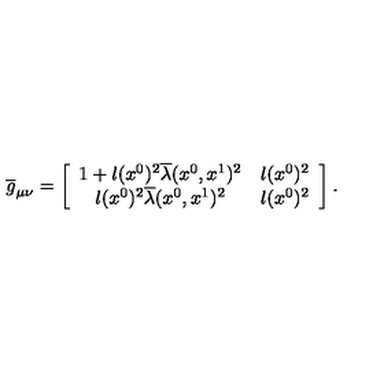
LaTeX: \overline { { g } } _ { \mu \nu } = \left[ \begin{array} { c c } { 1 + l ( x ^ { 0 } ) ^ { 2 } \overline { { \lambda } } ( x ^ { 0 } , x ^ { 1 } ) ^ { 2 } } & { l ( x ^ { 0 } ) ^ { 2 } } \\ { l ( x ^ { 0 } ) ^ { 2 } \overline { { \lambda } } ( x ^ { 0 } , x ^ { 1 } ) ^ { 2 } } & { l ( x ^ { 0 } ) ^ { 2 } } \\ \end{array} \right] .